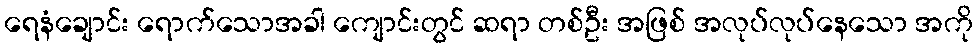
ရေနံချောင်း ရောက်သောအခါ ကျောင်းတွင် ဆရာ တစ်ဦး အဖြစ် အလုပ်လုပ်နေသော အကို